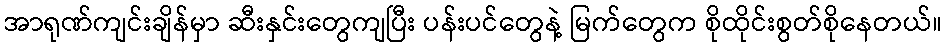
အာရုဏ်ကျင်းချိန်မှာ ဆီးနှင်းတွေကျပြီး ပန်းပင်တွေနဲ့ မြက်တွေက စိုထိုင်းစွတ်စိုနေတယ်။